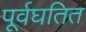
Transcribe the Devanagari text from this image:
पूर्वघतित